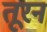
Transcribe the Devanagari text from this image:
तूरन